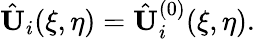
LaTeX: \hat{\mathbf{U}}_{i}(\xi,\eta)=\hat{\mathbf{U}}_{i}^{(0)}(\xi,\eta).